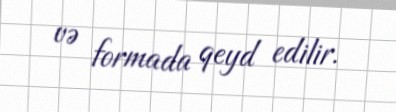
və formada qeyd edilir.